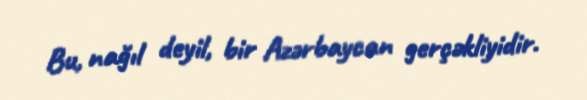
Bu, nağıl deyil, bir Azərbaycan gerçəkliyidir.